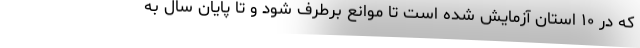
که در ۱۰ استان آزمایش شده است تا موانع برطرف شود و تا پایان سال به